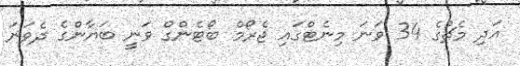
އަދި މެޗުގެ 34 ވަނަ މިނެޓްގައި ޖެރޯމް ބޯޓެންގް ވަނީ ބަޔާންގެ ދެވަނަ